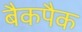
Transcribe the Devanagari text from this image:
बैकपैक